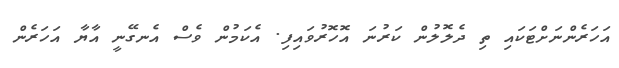
އަހަރެންނަށްޓަކައި ތި ދެލޮލުން ކަރުނަ އޮހޮރުވައިފި. އެކަމުން ވެސް އެނގޭނީ އާޔާ އަހަރެން